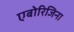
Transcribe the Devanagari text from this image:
एबोरिजिना